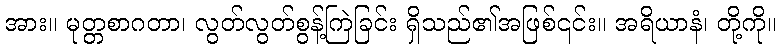
အား။ မုတ္တစာဂတာ၊ လွတ်လွတ်စွန့်ကြဲခြင်း ရှိသည်၏အဖြစ်၎င်း။ အရိယာနံ၊ တို့ကို။